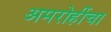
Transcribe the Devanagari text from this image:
अमरोहींचा